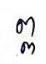
ព្ព